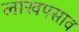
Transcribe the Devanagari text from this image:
लाखपसाव